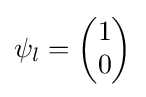
\psi _{l}={\begin{pmatrix}1\\0\end{pmatrix}}